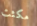
مكثت